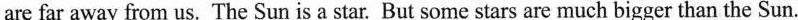
are far away from us. The Sun is a star. But some stars are much bigger than the Sun.